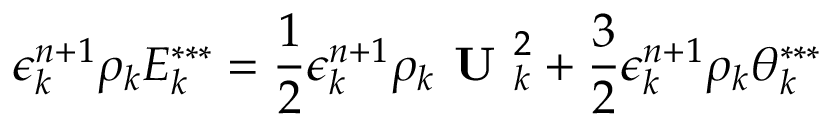
\epsilon _ { k } ^ { n + 1 } \rho _ { k } E _ { k } ^ { * * * } = \frac { 1 } { 2 } \epsilon _ { k } ^ { n + 1 } \rho _ { k } \textbf { U } _ { k } ^ { 2 } + \frac { 3 } { 2 } \epsilon _ { k } ^ { n + 1 } \rho _ { k } \theta _ { k } ^ { * * * }